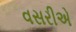
વસરીએ